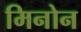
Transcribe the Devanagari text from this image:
मिनोन